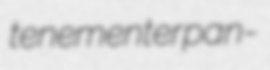
tenementer pan-